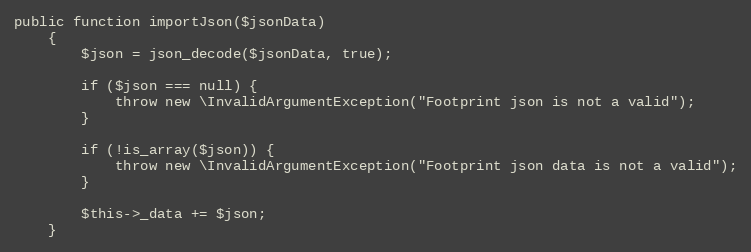
Language: PHP
public function importJson($jsonData)
    {
        $json = json_decode($jsonData, true);

        if ($json === null) {
            throw new \InvalidArgumentException("Footprint json is not a valid");
        }

        if (!is_array($json)) {
            throw new \InvalidArgumentException("Footprint json data is not a valid");
        }

        $this->_data += $json;
    }